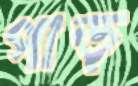
পাড়